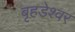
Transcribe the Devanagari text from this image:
बृहडेश्वर